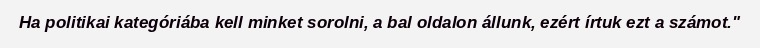
Ha politikai kategóriába kell minket sorolni, a bal oldalon állunk, ezért írtuk ezt a számot."